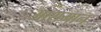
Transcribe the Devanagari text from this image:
आशमान